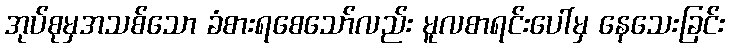
အုပ်စုမှအသစ်သော ခံစားရစေသော်လည်း မူလစာရင်းပေါ်မှ နေသေးခြင်း